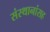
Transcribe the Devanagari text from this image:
संस्थानांसह